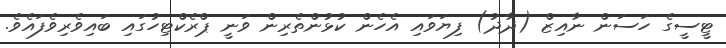
ޓީސީގެ ހަސަން ނާއިޒް (ދާދު) ފިޔަވައި އެހެން ކުޅުންތެރިން ވަނީ ޕްރެކްޓިހުގައި ބައިވެރިވެފައެވެ.